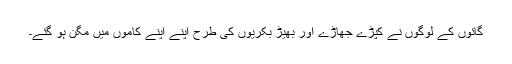
گائوں کے لوگوں نے کپڑے جھاڑے اور بھیڑ بکریوں کی طرح اپنے اپنے کاموں میں مگن ہو گئے۔